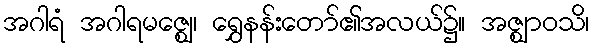
အဂါရံ အဂါရမဇ္ဈေ၊ ရွှေနန်းတော်၏အလယ်၌။ အဇ္ဈာဝသိ၊